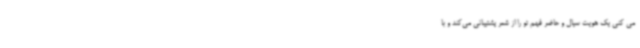
می کنی یک هویت سیال و حاضر فهم‌ تو را از شعر پشتیبانی می‌کند و با